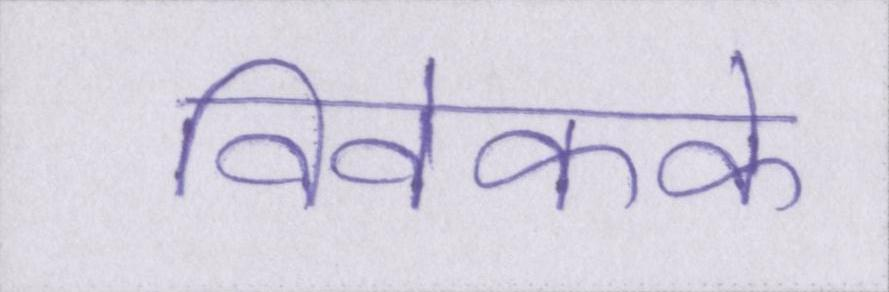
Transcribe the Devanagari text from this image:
विवेकके